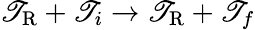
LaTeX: \mathscr{T}_{\mathrm{{R}}}+\mathscr{T}_{i}\rightarrow\mathscr{T}_{\mathrm{{R}}}+\mathscr{T}_{f}